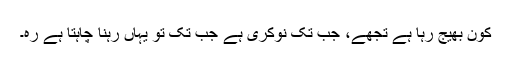
کون بھیج رہا ہے تجھے، جب تک نوکری ہے جب تک تو یہاں رہنا چاہتا ہے رہ۔